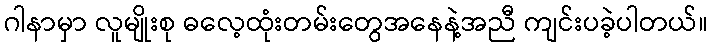
ဂါနာမှာ လူမျိုးစု ဓလေ့ထုံးတမ်းတွေအနေနဲ့အညီ ကျင်းပခဲ့ပါတယ်။